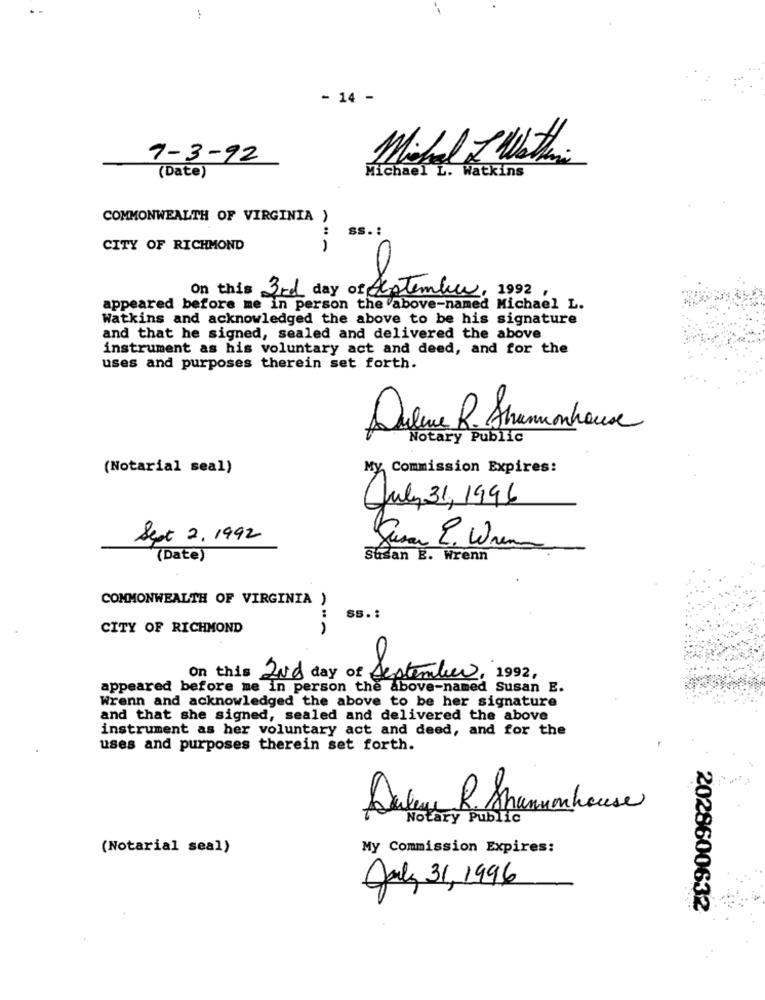
- 14 -
7-3-92
Michal L Westen.
Michael L. Watkins
(Date)
COMMONWEALTH OF VIRGINIA )
:
ss .:
CITY OF RICHMOND
·-
On this 3rd day of Antember, 1992,
appeared before me in person the above-named Michael L.
Watkins and acknowledged the above to be his signature
and that he signed, sealed and delivered the above
instrument as his voluntary act and deed, and for the
uses and purposes therein set forth.
Notary Public
(Notarial seal)
My Commission Expires:
July 31, 1996
Sept 2. 1992
(Date)
Susan E. Wrenn
COMMONWEALTH OF VIRGINIA )
:
Ss .:
CITY OF RICHMOND
On this 2Nd day of September, 1992,
appeared before me in person the above-named Susan E.
Wrenn and acknowledged the above to be her signature
and that she signed, sealed and delivered the above
instrument as her voluntary act and deed, and for the
uses and purposes therein set forth.
Dukenu R. Shannonhouse
Notary Public
(Notarial seal)
My Commission Expires:
July 31, 1996
2028600632